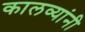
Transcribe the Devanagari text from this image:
कालव्यांनी